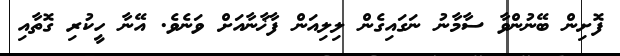
ފޮށިން ބޭނުންވާ ސާމާނު ނަގައިގެން ލިލިއަން ފާޚާނާއަށް ވަނެވެ. އޭނާ ހީކުރި ގޮތާއި